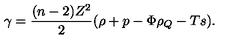
\gamma = \frac { ( n - 2 ) Z ^ { 2 } } { 2 } ( \rho + p - \Phi \rho _ { Q } - T s ) .